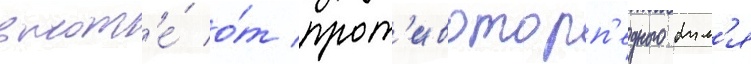
высот'е́ о́т прот'ивоторп'едного бул'я